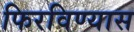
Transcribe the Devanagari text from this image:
फिरविण्यास